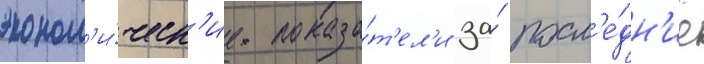
эконом'и́ческ'ие показа́т'ел'и за́ посл'е́дн'ие